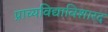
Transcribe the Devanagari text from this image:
प्राच्यविद्याविशारद